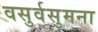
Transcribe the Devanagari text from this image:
वसुर्वसुमना